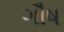
ગૌષ